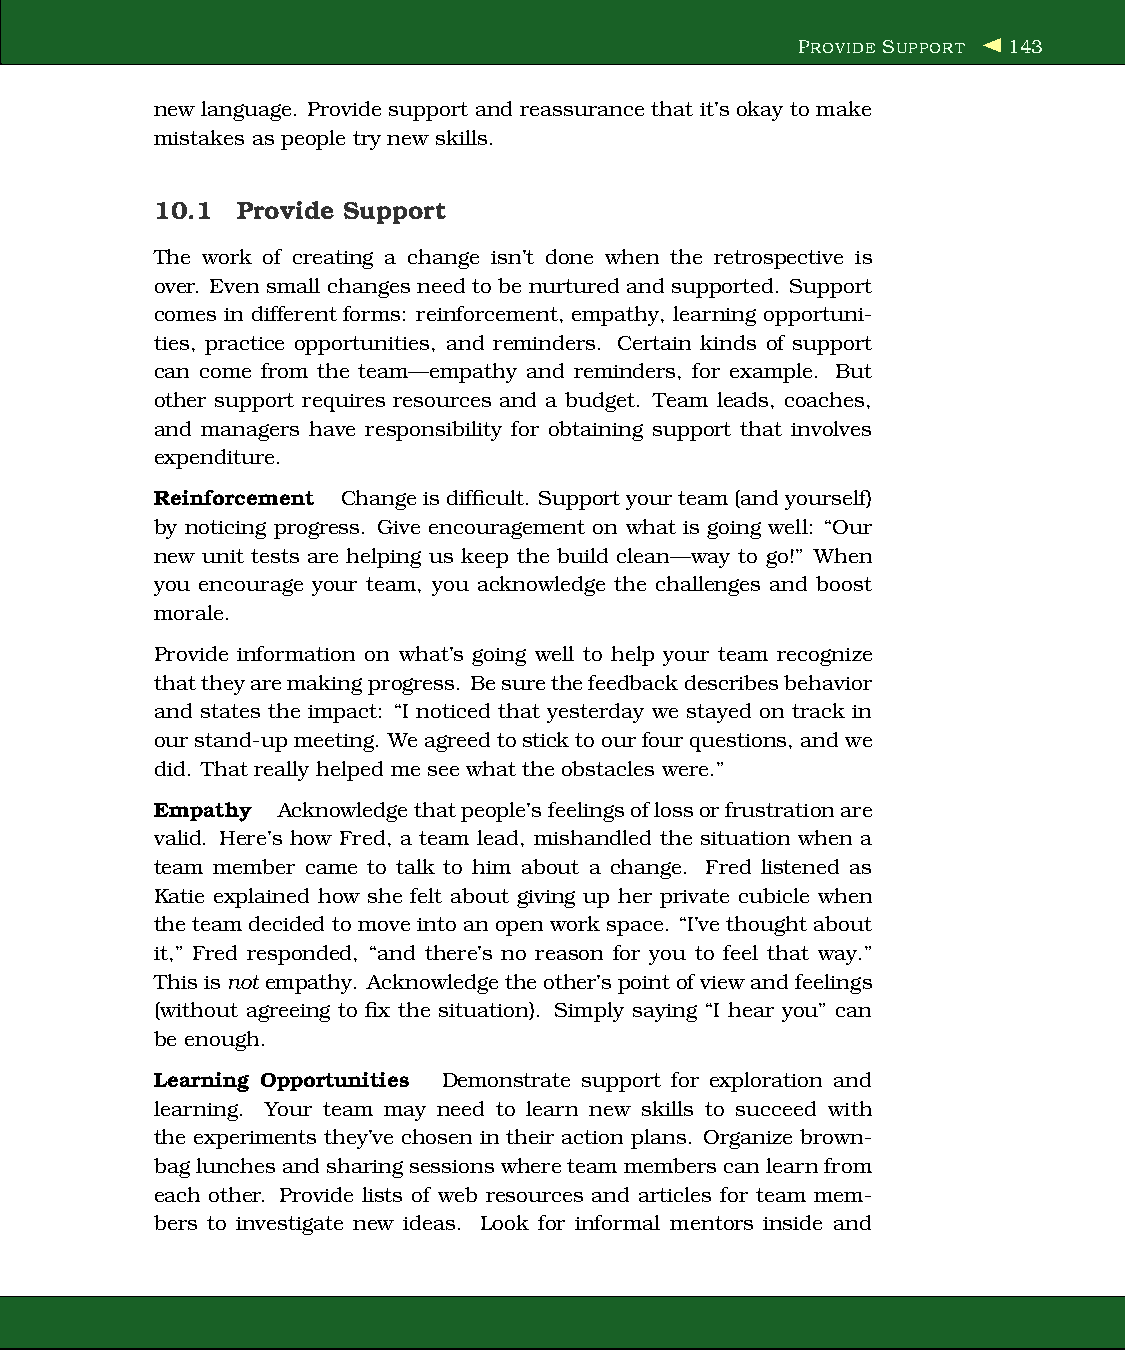
PROVIDE SUPPORT 143
 new language. Provide support and reassurance that it’s okay to make
 mistakes as people try new skills.
 10.1  Provide Support
 The work of creating a change isn’t done when the retrospective is
 over. Even small changes need to be nurtured and supported. Support
 comes in different forms: reinforcement, empathy, learning opportuni-
 ties, practice opportunities, and reminders. Certain kinds of support
 can come from the team—empathy and reminders, for example. But
 other support requires resources and a budget. Team leads, coaches,
 and managers have responsibility for obtaining support that involves
 expenditure.
 Reinforcement Changeisdifficult. Supportyourteam(andyourself)
 by noticing progress. Give encouragement on what is going well: “Our
 new unit tests are helping us keep the build clean—way to go!” When
 you encourage your team, you acknowledge the challenges and boost
 morale.
 Provide information on what’s going well to help your team recognize
 thattheyaremakingprogress. Besurethefeedbackdescribesbehavior
 and states the impact: “I noticed that yesterday we stayed on track in
 ourstand-upmeeting. Weagreedtosticktoourfourquestions, andwe
 did. That really helped me see what the obstacles were.”
 Empathy Acknowledgethatpeople’sfeelingsoflossorfrustrationare
 valid. Here’s how Fred, a team lead, mishandled the situation when a
 team member came to talk to him about a change. Fred listened as
 Katie explained how she felt about giving up her private cubicle when
 theteamdecided to move intoan open workspace. “I’ve thought about
 it,” Fred responded, “and there’s no reason for you to feel that way.”
 Thisisnot empathy. Acknowledge theother’spointof viewandfeelings
 (without agreeing to fix the situation). Simply saying “I hear you” can
 be enough.
 Learning Opportunities Demonstrate support for exploration and
 learning. Your team may need to learn new skills to succeed with
 the experiments they’ve chosen in their action plans. Organize brown-
 baglunchesandsharingsessionswhereteammemberscan learnfrom
 each other. Provide lists of web resources and articles for team mem-
 bers to investigate new ideas. Look for informal mentors inside and